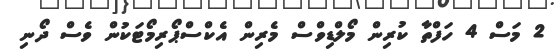
2 މަސް 4 ހަފްތާ ކުރިން މޯލްޑިވްސް މެރިން އެކްސްޕޯރިމޯޓަކުން ވެސް ދޯނި